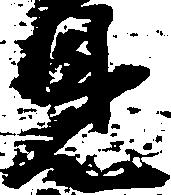
見